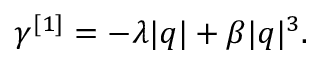
\gamma ^ { [ 1 ] } = - \lambda \vert q \vert + \beta \vert q \vert ^ { 3 } .